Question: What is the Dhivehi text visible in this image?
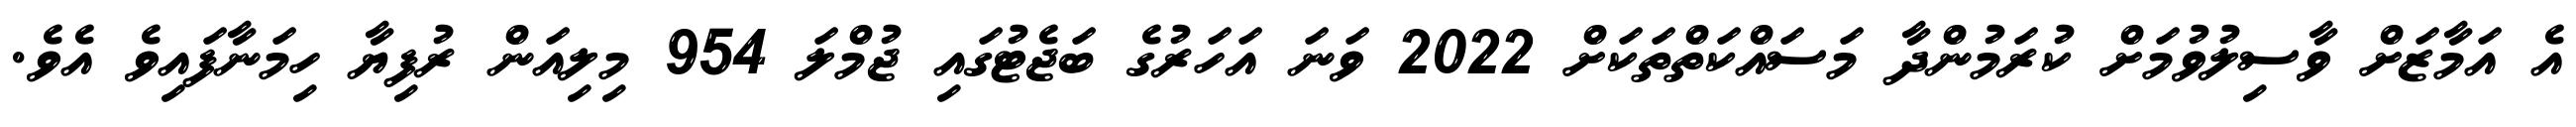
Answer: އެ އަމާޒަށް ވާސިލުވުމަށް ކުރަމުންދާ މަސައްކަތްތަކަށް 2022 ވަނަ އަހަރުގެ ބަޖެޓުގައި ޖުމްލަ 954 މިލިއަން ރުފިޔާ ހިމަނާފައިވެ އެވެ.